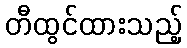
တီထွင်ထားသည့်